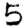
Digit: 5